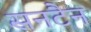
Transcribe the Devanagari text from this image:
सनटैन